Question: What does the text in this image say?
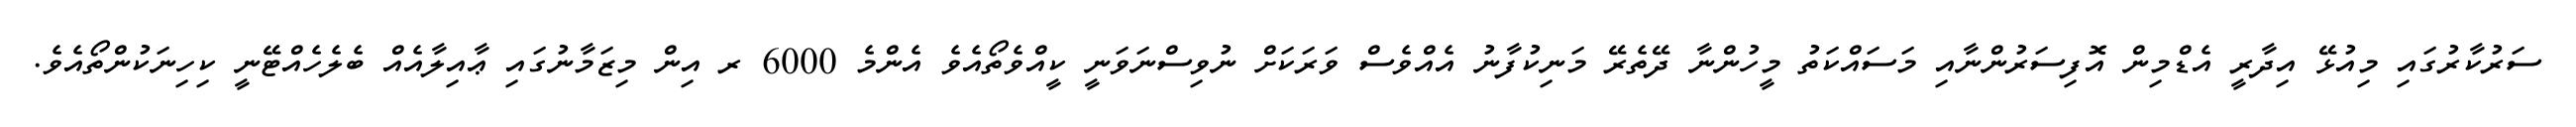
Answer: ސަރުކާރުގައި މިއުޅޭ އިދާރީ އެޑްމިން އޮފިސަރުންނާއި މަސައްކަތު މީހުންނާ ދޭތެރޭ މަނިކުފާނު އެއްވެސް ވަރަކަށް ނުވިސްނަވަނީ ކީއްވެތޯއެވެ އެންމެ 6000 ރ އިން މިޒަމާނުގައި ޢާއިލާއެއް ބެލެހެއްޓޭނީ ކިހިނަކުންތޯއެވެ.